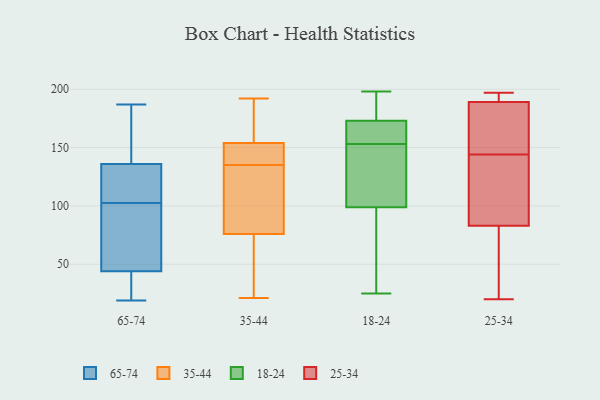
{"axis": {"x": "Net Income (USD K)", "y": "Value"}, "legend": ["18-24", "25-34", "35-44", "65-74"], "data": [{"x": "", "y": 121, "type": "65-74"}, {"x": "", "y": 113, "type": "65-74"}, {"x": "", "y": 70, "type": "65-74"}, {"x": "", "y": 26, "type": "65-74"}, {"x": "", "y": 144, "type": "65-74"}, {"x": "", "y": 187, "type": "65-74"}, {"x": "", "y": 44, "type": "65-74"}, {"x": "", "y": 92, "type": "65-74"}, {"x": "", "y": 136, "type": "65-74"}, {"x": "", "y": 19, "type": "65-74"}, {"x": "", "y": 21, "type": "35-44"}, {"x": "", "y": 76, "type": "35-44"}, {"x": "", "y": 176, "type": "35-44"}, {"x": "", "y": 110, "type": "35-44"}, {"x": "", "y": 154, "type": "35-44"}, {"x": "", "y": 140, "type": "35-44"}, {"x": "", "y": 148, "type": "35-44"}, {"x": "", "y": 172, "type": "35-44"}, {"x": "", "y": 113, "type": "35-44"}, {"x": "", "y": 137, "type": "35-44"}, {"x": "", "y": 67, "type": "35-44"}, {"x": "", "y": 185, "type": "35-44"}, {"x": "", "y": 42, "type": "35-44"}, {"x": "", "y": 64, "type": "35-44"}, {"x": "", "y": 133, "type": "35-44"}, {"x": "", "y": 192, "type": "35-44"}, {"x": "", "y": 88, "type": "35-44"}, {"x": "", "y": 137, "type": "35-44"}, {"x": "", "y": 97, "type": "18-24"}, {"x": "", "y": 174, "type": "18-24"}, {"x": "", "y": 101, "type": "18-24"}, {"x": "", "y": 98, "type": "18-24"}, {"x": "", "y": 198, "type": "18-24"}, {"x": "", "y": 198, "type": "18-24"}, {"x": "", "y": 25, "type": "18-24"}, {"x": "", "y": 161, "type": "18-24"}, {"x": "", "y": 170, "type": "18-24"}, {"x": "", "y": 107, "type": "18-24"}, {"x": "", "y": 153, "type": "18-24"}, {"x": "", "y": 41, "type": "25-34"}, {"x": "", "y": 168, "type": "25-34"}, {"x": "", "y": 69, "type": "25-34"}, {"x": "", "y": 83, "type": "25-34"}, {"x": "", "y": 152, "type": "25-34"}, {"x": "", "y": 193, "type": "25-34"}, {"x": "", "y": 197, "type": "25-34"}, {"x": "", "y": 192, "type": "25-34"}, {"x": "", "y": 165, "type": "25-34"}, {"x": "", "y": 136, "type": "25-34"}, {"x": "", "y": 116, "type": "25-34"}, {"x": "", "y": 20, "type": "25-34"}, {"x": "", "y": 130, "type": "25-34"}, {"x": "", "y": 189, "type": "25-34"}]}